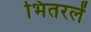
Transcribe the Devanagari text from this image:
भितरलें